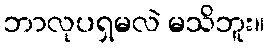
ဘာလုပရှမလဲ မသိဘူး။